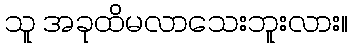
သူ အခုထိမလာသေးဘူးလား။